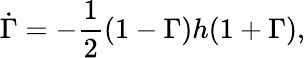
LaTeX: \dot{\Gamma}=-\frac{1}{2}(1-\Gamma)h(1+\Gamma),